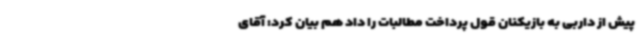
پیش از داربی به بازیکنان قول پرداخت مطالبات را داد هم بیان کرد: آقای